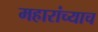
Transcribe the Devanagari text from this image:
महारांच्याच